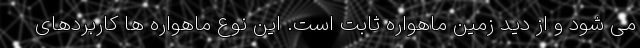
می شود و از دید زمین ماهواره ثابت است. این نوع ماهواره ها کاربردهای